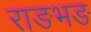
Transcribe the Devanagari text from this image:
राङभङ